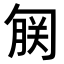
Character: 𫧄